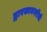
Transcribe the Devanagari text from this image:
द्वारकानगरीची